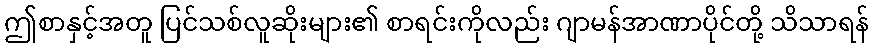
ဤစာနှင့်အတူ ပြင်သစ်လူဆိုးများ၏ စာရင်းကိုလည်း ဂျာမန်အာဏာပိုင်တို့ သိသာရန်